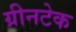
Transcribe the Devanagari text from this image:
ग्रीनटेक